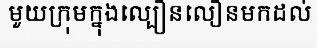
មួយក្រុមក្នុងល្បឿនលឿនមកដល់